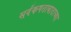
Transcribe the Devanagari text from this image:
सर्वंकषतावादाच्या